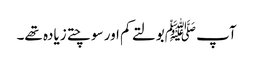
آپ ﷺبولتے کم اور سوچتے زیادہ تھے۔